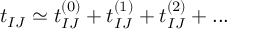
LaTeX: t _ { I J } \simeq t _ { I J } ^ { ( 0 ) } + t _ { I J } ^ { ( 1 ) } + t _ { I J } ^ { ( 2 ) } + . . .